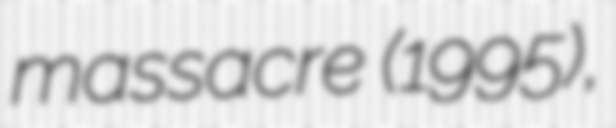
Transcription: massacre (1995),